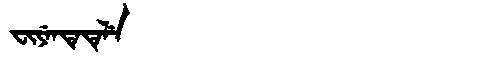
Manchu: ᠸᡳᠶᡝᠨᡨᡝᡨᡝᠯᡝ
Romanization: FIYENTETELE